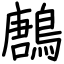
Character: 鶶